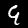
Digit: 9